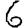
Digit: 6